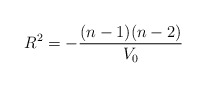
\begin{align*}R^2 = -\frac{(n-1)(n-2)}{V_0}\end{align*}